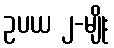
ဥပယ ၂-မျိုး